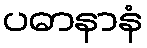
ပဓာနာနံ